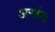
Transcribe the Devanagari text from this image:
अरकंद